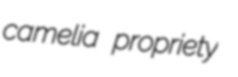
camelia propriety